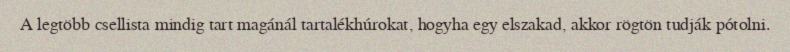
A legtöbb csellista mindig tart magánál tartalékhúrokat, hogyha egy elszakad, akkor rögtön tudják pótolni.